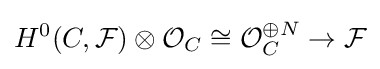
H^{0}(C,{\mathcal {F}})\otimes {\mathcal {O}}_{C}\cong {\mathcal {O}}_{C}^{\oplus N}\to {\mathcal {F}}